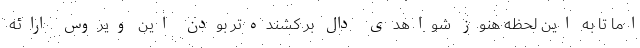
اما تا به این لحظه هنوز شواهدی دال بر کشنده‌تر بودن این ویروس ارائه